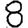
Digit: 8